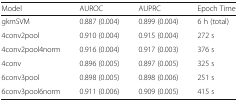
| Model | AUROC | AUPRC | Epoch Time |
 | --- | --- | --- | --- |
 | gkmSVM | 0.887 (0.004) | 0.899 (0.004) | 6 h (total) |
 | 4conv2pool | 0.910 (0.004) | 0.915 (0.004) | 272 s |
 | 4conv2pool4norm | 0.916 (0.004) | 0.917 (0.003) | 376 s |
 | 4conv | 0.896 (0.005) | 0.897 (0.005) | 325 s |
 | 6conv3pool | 0.898 (0.005) | 0.898 (0.006) | 251 s |
 | 6conv3pool6norm | 0.911 (0.006) | 0.909 (0.005) | 415 s |